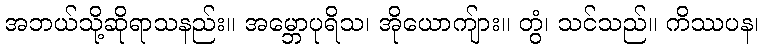
အဘယ်သို့ဆိုရာသနည်း။ အမ္ဘောပုရိသ၊ အိုယောကျ်ား။ တွံ၊ သင်သည်။ ကိဿပန၊